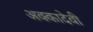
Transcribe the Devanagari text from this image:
अक्कादेवी